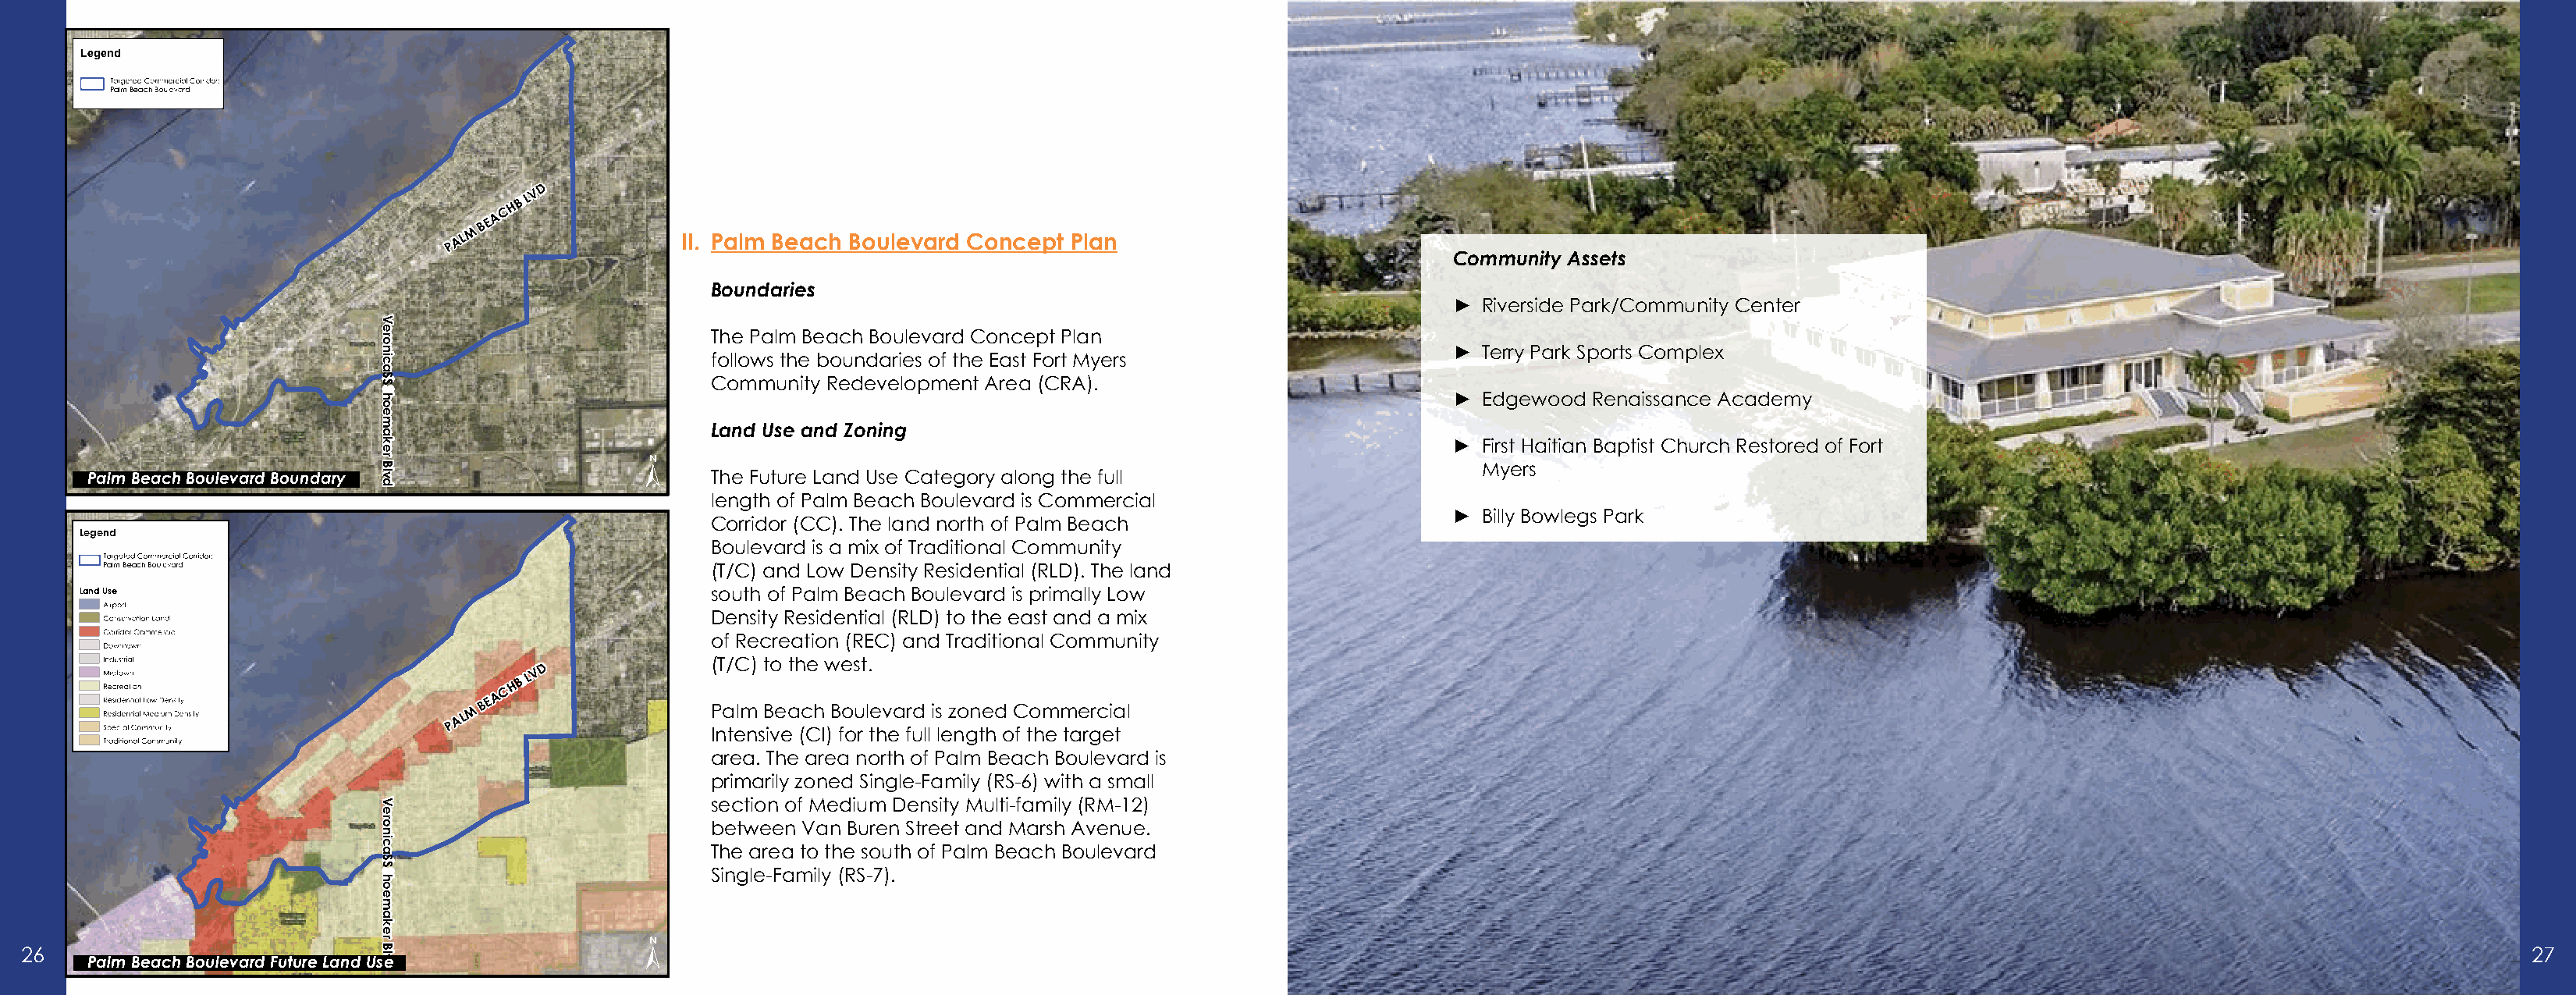
Legend
 Palm Beach
 D
 LV
 H B
 C
 A
 B E
 M
 P
 A L                II. Palm Beach Boulevard Concept Plan
 Community Assets
 Boundaries
 ►  Riverside Park/Community Center
 The Palm Beach Boulevard Concept Plan
 ►  Terry Park Sports Complex
 follows the boundaries of the East Fort Myers
 Community Redevelopment Area (CRA).
 ►  Edgewood Renaissance Academy
 Land Use and Zoning
 ±                                                                   ►  First Haitian Baptist Church Restored of Fort
 Myers
 Palm Beach Boulevard Boundary                        The Future Land Use Category along the full
 length of Palm Beach Boulevard is Commercial
 ►  Billy Bowlegs Park
 Corridor (CC). The land north of Palm Beach
 Legend
 Boulevard is a mix of Traditional Community
 Palm Beach                                         (T/C) and Low Density Residential (RLD). The land
 Land Use                                             south of Palm Beach Boulevard is primally Low
 Density Residential (RLD) to the east and a mix
 of Recreation (REC) and Traditional Community
 D             (T/C) to the west.
 LV
 C
 H B
 A
 M B E               Palm Beach Boulevard is zoned Commercial
 A L
 P
 Intensive (CI) for the full length of the target
 area. The area north of Palm Beach Boulevard is
 primarily zoned Single-Family (RS-6) with a small
 section of Medium Density Multi-family (RM-12)
 between Van Buren Street and Marsh Avenue.
 The area to the south of Palm Beach Boulevard
 Single-Family (RS-7).
 ±
 26                                                                                                                                                                                                                   27
 Palm Beach Boulevard Future Land Use
 VeronicaSS
 hoemaker
 Blvd
 VeronicaSS
 hoemaker
 Blvdd